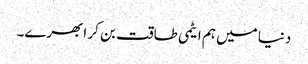
دنیا میں ہم ایٹمی طاقت بن کر ابھرے۔